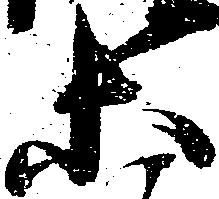
等